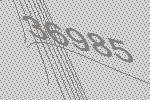
36985